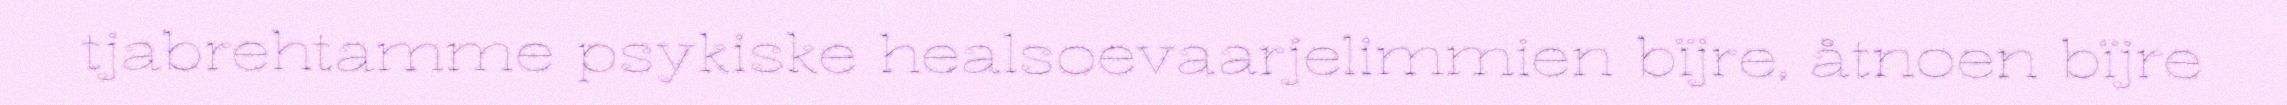
tjabrehtamme psykiske healsoevaarjelimmien bïjre, åtnoen bïjre